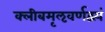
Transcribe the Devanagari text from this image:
क्लीबमृऌवर्णद्वयं